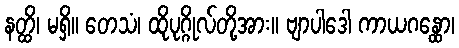
နတ္ထိ၊ မရှိ။ တေသံ၊ ထိုပုဂ္ဂိုလ်တို့အား။ ဗျာပါဒေါ ကာယဂန္ထော၊